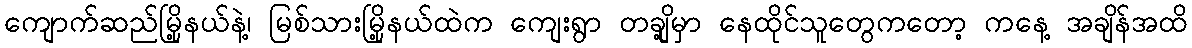
ကျောက်ဆည်မြို့နယ်နဲ့၊ မြစ်သားမြို့နယ်ထဲက ကျေးရွာ တချို့မှာ နေထိုင်သူတွေကတော့ ကနေ့ အချိန်အထိ